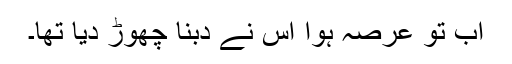
اب تو عرصہ ہوا اس نے دبنا چھوڑ دیا تھا۔